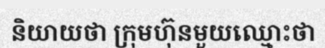
និយាយថា ក្រុមហ៊ុនមួយឈ្មោះថា